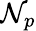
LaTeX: \mathcal{N}_{p}